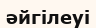
әйгілеуі